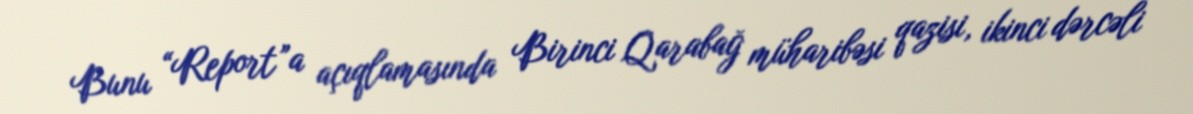
Bunu “Report”a açıqlamasında Birinci Qarabağ müharibəsi qazisi, ikinci dərcəli